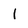
Character: l